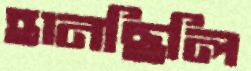
হানছিলি